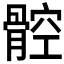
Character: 𩩝